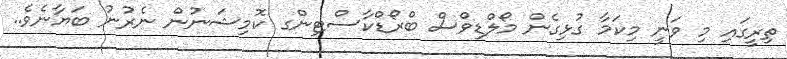
ތިރީގައި މި ވަނީ މިކަމާ ގުޅިގެން މޯލްޑިވްސް ބްރޯޑްކާސްޓިންގ ކޮމިޝަނުން ނެރުނު ބަޔާނެވެ..